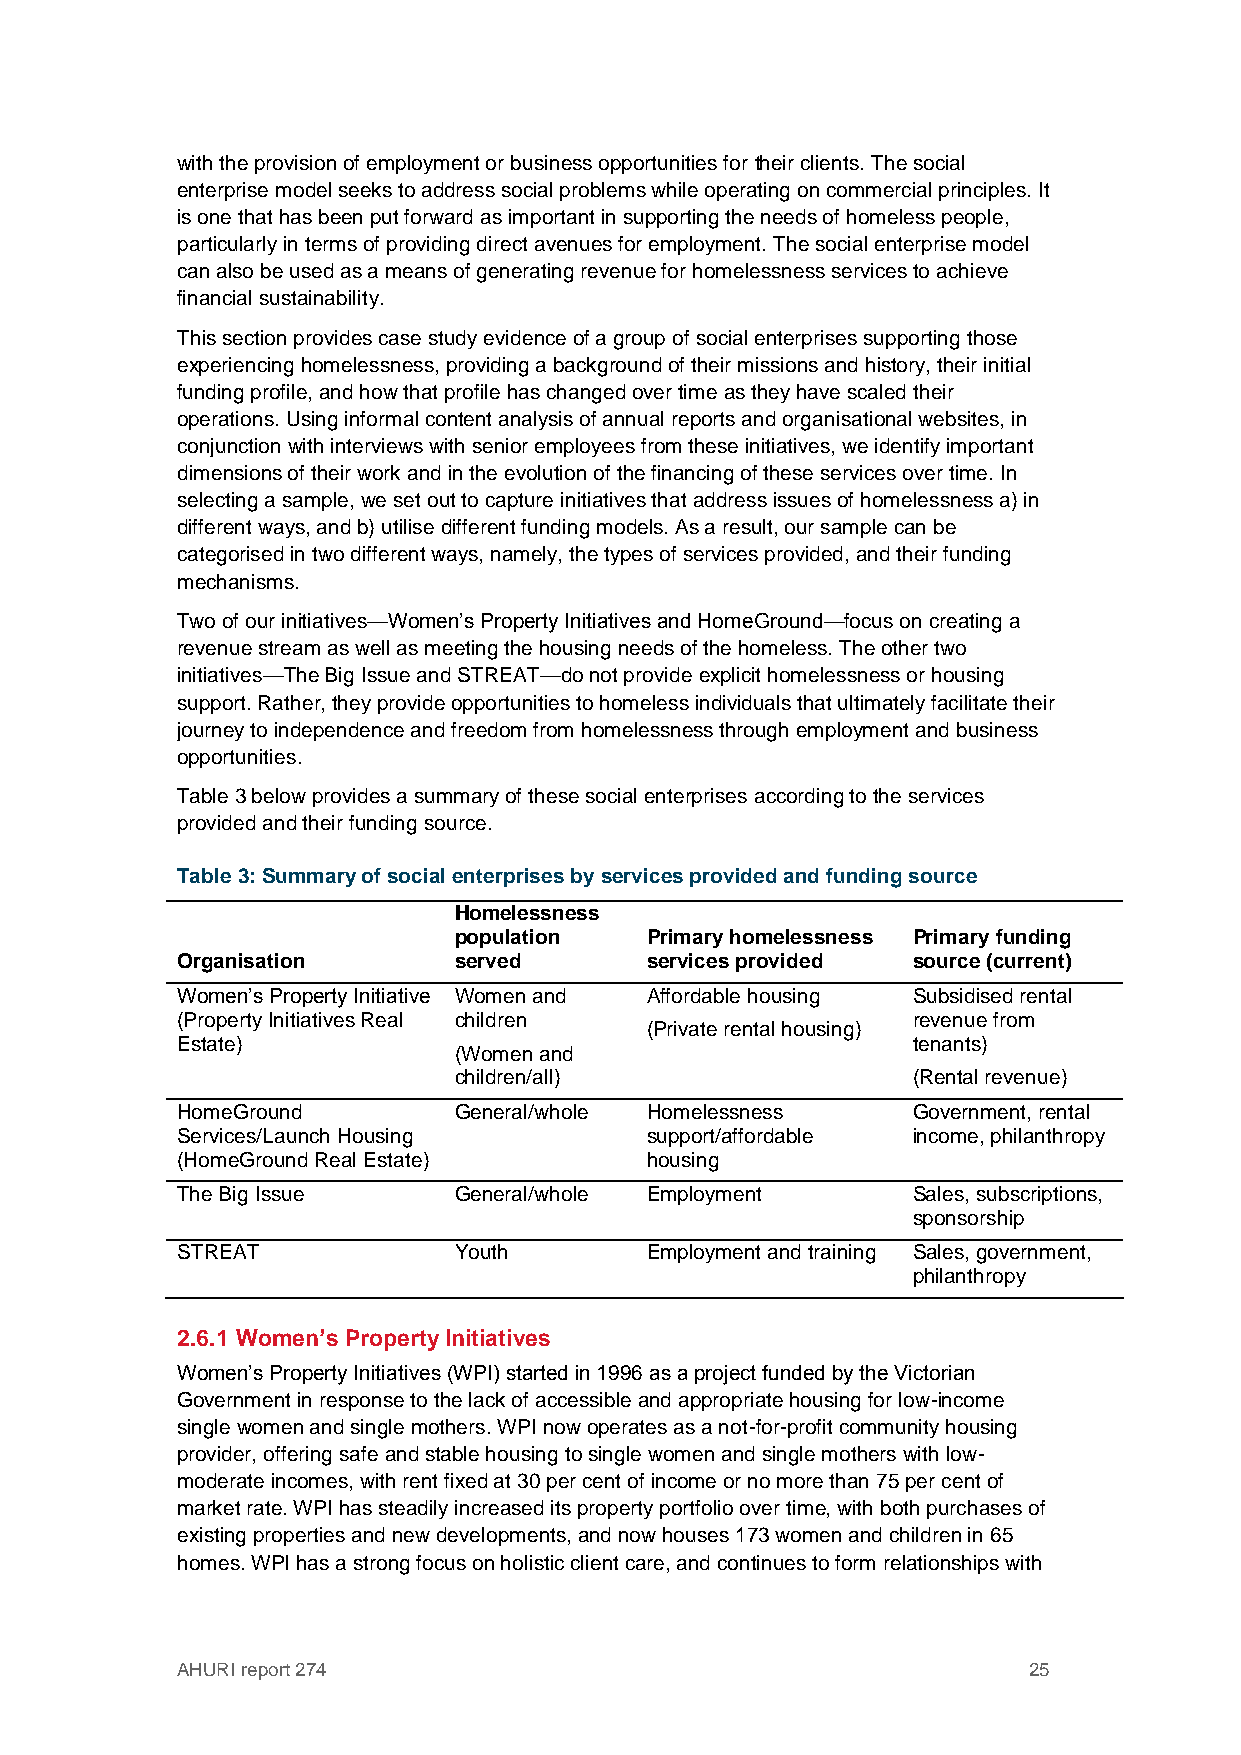
with the provision of employment or business opportunities for their clients. The social
 enterprise model seeks to address social problems while operating on commercial principles. It
 is one that has been put forward as important in supporting the needs of homeless people,
 particularly in terms of providing direct avenues for employment. The social enterprise model
 can also be used as a means of generating revenue for homelessness services to achieve
 financial sustainability.
 This section provides case study evidence of a group of social enterprises supporting those
 experiencing homelessness, providing a background of their missions and history, their initial
 funding profile, and how that profile has changed over time as they have scaled their
 operations. Using informal content analysis of annual reports and organisational websites, in
 conjunction with interviews with senior employees from these initiatives, we identify important
 dimensions of their work and in the evolution of the financing of these services over time. In
 selecting a sample, we set out to capture initiatives that address issues of homelessness a) in
 different ways, and b) utilise different funding models. As a result, our sample can be
 categorised in two different ways, namely, the types of services provided, and their funding
 mechanisms.
 Two of our initiatives—Women’s Property Initiatives and HomeGround—focus on creating a
 revenue stream as well as meeting the housing needs of the homeless. The other two
 initiatives—The Big Issue and STREAT—do not provide explicit homelessness or housing
 support. Rather, they provide opportunities to homeless individuals that ultimately facilitate their
 journey to independence and freedom from homelessness through employment and business
 opportunities.
 Table 3 below provides a summary of these social enterprises according to the services
 provided and their funding source.
 Table 3: Summary of social enterprises by services provided and funding source
 Homelessness
 population   Primary homelessness Primary funding
 Organisation      served       services provided source (current)
 Women’s Property Initiative Women and Affordable housing Subsidised rental
 (Property Initiatives Real children             revenue from
 (Private rental housing)
 Estate)                                         tenants)
 (Women and
 children/all)                 (Rental revenue)
 HomeGround        General/whole Homelessness    Government, rental
 Services/Launch Housing        support/affordable income, philanthropy
 (HomeGround Real Estate)       housing
 The Big Issue     General/whole Employment      Sales, subscriptions,
 sponsorship
 STREAT            Youth        Employment and training Sales, government,
 philanthropy
 2.6.1 Women’s Property Initiatives
 Women’s Property Initiatives (WPI) started in 1996 as a project funded by the Victorian
 Government in response to the lack of accessible and appropriate housing for low-income
 single women and single mothers. WPI now operates as a not-for-profit community housing
 provider, offering safe and stable housing to single women and single mothers with low-
 moderate incomes, with rent fixed at 30 per cent of income or no more than 75 per cent of
 market rate. WPI has steadily increased its property portfolio over time, with both purchases of
 existing properties and new developments, and now houses 173 women and children in 65
 homes. WPI has a strong focus on holistic client care, and continues to form relationships with
 AHURI report 274                                        25